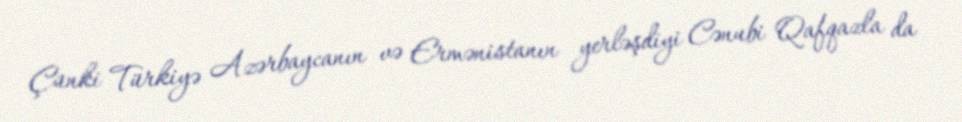
Çünki Türkiyə Azərbaycanın və Ermənistanın yerləşdiyi Cənubi Qafqazla da